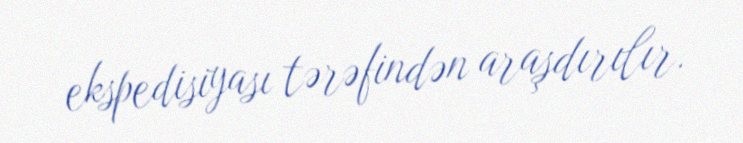
ekspedisiyası tərəfindən araşdırılır.